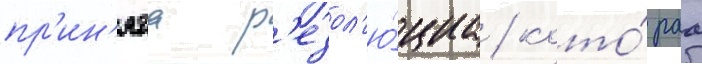
пр'ин'ята р'езол'ю́циа / кото́раа